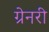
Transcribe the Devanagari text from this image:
ग्रेनरी